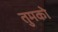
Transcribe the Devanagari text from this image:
तुमकोे